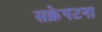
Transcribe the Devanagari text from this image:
सक्रेपटना